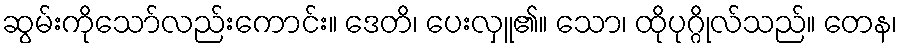
ဆွမ်းကိုသော်လည်းကောင်း။ ဒေတိ၊ ပေးလှူ၏။ သော၊ ထိုပုဂ္ဂိုလ်သည်။ တေန၊